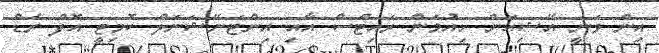
އިން ވަނީ އޭޝިއަން ހިއުމަން ރައިޓްސް އާއި އިންޓަނޭޝަނަލް ކޮމިޓީ އޮފް ރެޑް